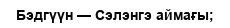
Бэдгүүн — Сэлэнгэ аймағы;